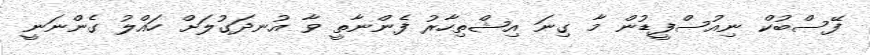
ފޭސްބުކް ނިއުސްފީޑުން މާ ގިނަ އިޝްތިހާރު ފެންނާތީ ވާ އުނދަގުލަށް ހައްލު ގެންނަނީ